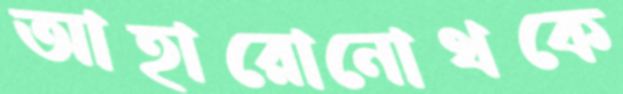
আহারোনোথকে